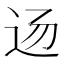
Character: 𰺲